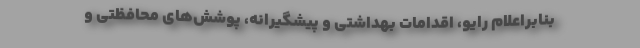
بنابراعلام رایو، اقدامات بهداشتی و پیشگیرانه، پوشش‌های محافظتی و